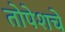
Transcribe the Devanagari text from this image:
तोपेशचे